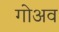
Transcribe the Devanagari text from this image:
गोअव